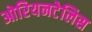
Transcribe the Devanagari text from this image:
ओरियनटेलिस